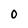
Character: O